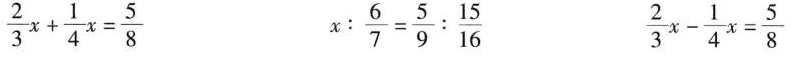
$$\frac{2}{3}x+ \frac{1}{4}x= \frac{5}{8}$$ $$: \frac{6}{7}= \frac{5}{9}: \frac{15}{16}$$ $$\frac{2}{3}x- \frac{1}{4}x= \frac{5}{8}$$